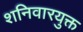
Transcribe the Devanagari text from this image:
शनिवारयुक्त